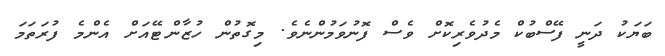
ބަޔަކު ދަނީ ފޭސްބުކް މެދުވެރިކޮށް ވެސް ފޮނުވަމުންނެވެ. މިގޮތުން ހުޒާންޓޭއަށް އެންމެ ފުރަތަމަ